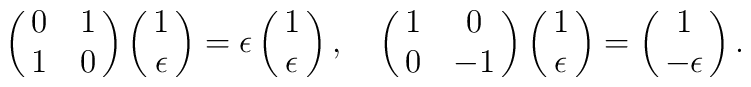
\left(\matrix{0&1\cr1&0\cr}\right)\left(\matrix{1\cr\epsilon\cr}\right)=\epsilon\left(\matrix{1\cr\epsilon\cr}\right),\quad\left(\matrix{1&0\cr0&-1\cr}\right)\left(\matrix{1\cr\epsilon\cr}\right)=\left(\matrix{1\cr-\epsilon\cr}\right).